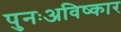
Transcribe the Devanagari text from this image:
पुनःअविष्कार